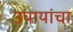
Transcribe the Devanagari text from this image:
उपायांचा